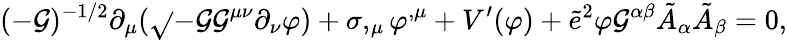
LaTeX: (-\mathcal{G})^{-1/2}\partial_{\mu}(\sqrt{}{{-\mathcal{G}}}\mathcal{G}^{\mu\nu}\partial_{\nu}\varphi)+\sigma,_{\mu}\varphi^{,\mu}+V^{\prime}(\varphi)+\tilde{{e}}^{2}\varphi\mathcal{G}^{\alpha\beta}\tilde{{A}}_{\alpha}\tilde{{A}}_{\beta}=0,